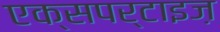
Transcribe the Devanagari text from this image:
एक्सपर्टाइज़